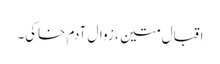
اقبال متین ، زوال آدم خاکی۔